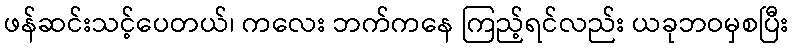
ဖန်ဆင်းသင့်ပေတယ်၊ ကလေး ဘက်ကနေ ကြည့်ရင်လည်း ယခုဘဝမှစပြီး